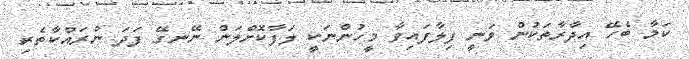
ކަމާ ބެހޭ އިދާރާތަކުން ވަނީ ފިލާފައިވާ މީހުންނަކީ ލަފާކޮށްލަން ނޭނގޭ ފަދަ ނުރައްކާތެރި